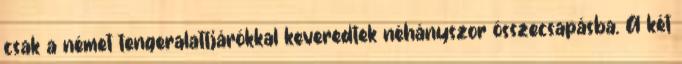
csak a német tengeralattjárókkal keveredtek néhányszor összecsapásba. A két